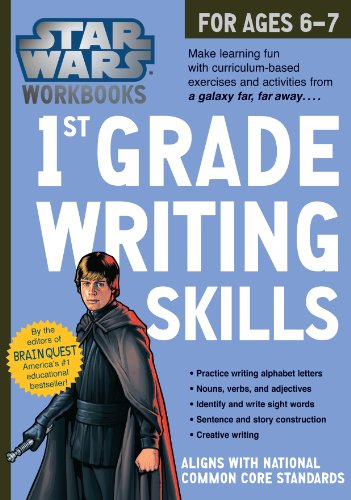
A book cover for Star Wars Workbook: 1st Grade Writing Skills (Star Wars Workbooks); Workman Publishing; Children's Books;